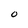
Character: 0